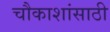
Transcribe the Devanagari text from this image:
चौकाशांसाठी